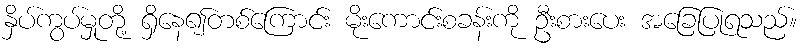
နှိပ်ကွပ်မှုတို့ ရှိနေ၍တစ်ကြောင်း မိုးကောင်းစခန်းကို ဦးစားပေး အခြေပြုရသည်။